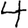
Digit: 4